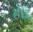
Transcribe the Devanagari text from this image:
हीइ